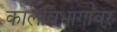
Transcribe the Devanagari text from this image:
कालविभागावर